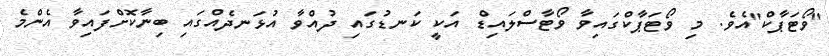
"ވޯޓަޕާކް"އެވެ. މި ވޯޓަޕާކްގައިވާ ވޯޓާސްލައިޑް އަކީ ކަނޑުގައި ދުއްވާ އުޅަނދެއްގައި ބިނާކޮށްފައިވާ އެންމެ